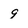
Character: 9